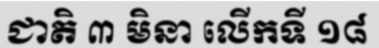
ជាតិ ៣ មិនា លើកទី ១៨